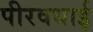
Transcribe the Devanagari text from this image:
पीरवधाई